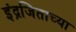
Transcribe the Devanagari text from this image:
इंद्रजिताच्या